Indian Medical Review
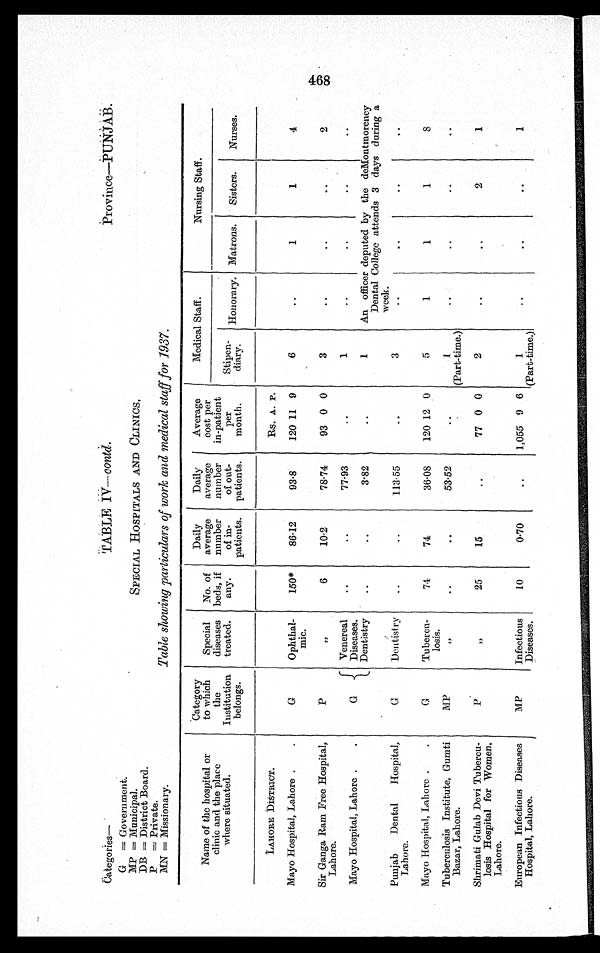
Categories—
TABLE IV—contd.
Province—PUNJAB.
G = Government.
MP = Municipal.
SPECIAL HOSPITALS AND CLINICS.
DB = District Board.
P = Private.
MN = Missionary.
Table showing particulars of work and medical staff for 1937.
Name of the hospital or
clinic and the place
where situated.
Category
to which
the
Institution
belongs.
Special
diseases
treated.
No. of
beds, if
any.
Daily
average
number
of in-
patients.
Daily
average
number
of out-
patients.
Average
cost per
in-patient
Per
month.
Medical Staff.
Nursing Staff.
Stipen-
diary.
Honorary. Matrons.
Sisters.
Nurses.
LAHORE DISTRICT.
Rs. A. P.
Mayo Hospital, Lahore .
.
G
Ophthal-
mic.
150*
86-12
93.8
120 11 9
6
..
1
1
4
Sir Ganga Ram Free Hospital,
Lahore.
P
, , „
,
6
10.2
78.74
93 0 0
3
..
. . .
.
. . .
.
2
Mayo Hospital, Lahore .
.
G
Venereal
Diseases.
Dentistry
..
..
77.93
..
1
. . ..
. .
. .
..
..
3.82
..
1
An officer deputed by the deMontmorency
Dental College attends 3days during a
week.
Punjab
Dental Hospital,
Lahore.
G
Dentistry
..
..
113.55
..
3
. .
. .
. .
. .
Mayo Hospital, Lahore .
.
G
Tuberen-
losis.
74
74
36.08
120 12 0
5
1
1
1
S
Tuberculosis Institute, Gumti
Bazar, Lahore.
MP
„
,
•.
..
53.5
..
1
(Part-time.)
. .
. .
. .
..
Shrimati Gulab Devi Tubercu-
losis Hospital for Women,
Lahore.
P
,,
25
1
..
77 0 0
2
..
..
2
1
European Infectious Diseases
Hospital, Lahore.
MP
infectious
Diseases.
10
0.70
..
1,055 9 6
1
(Part-time.)
..
..
..
1